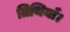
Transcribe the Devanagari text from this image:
तिथियाँ।